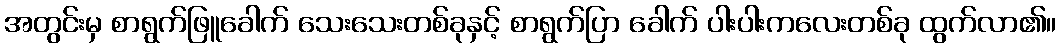
အတွင်းမှ စာရွက်ဖြူခေါက် သေးသေးတစ်ခုနှင့် စာရွက်ပြာ ခေါက် ပါးပါးကလေးတစ်ခု ထွက်လာ၏။